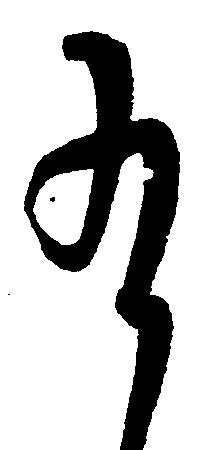
給